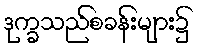
ဒုက္ခသည်စခန်းများ၌